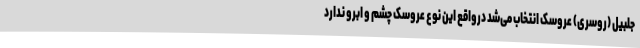
جلبیل (روسری) عروسک انتخاب می‌شد درواقع این نوع عروسک چشم و ابرو ندارد